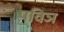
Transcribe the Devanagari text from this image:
पविञ